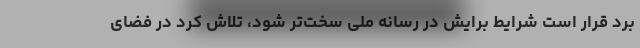
برد قرار است شرایط برایش در رسانه ملی سخت‌تر شود، تلاش کرد در فضای